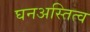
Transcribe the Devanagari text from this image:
घनअस्तित्व